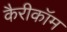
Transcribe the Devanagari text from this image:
कैरीकॉम